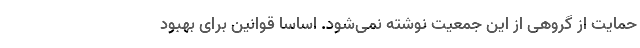
حمایت از گروهی از این جمعیت نوشته نمی‌شود. اساسا قوانین برای بهبود